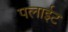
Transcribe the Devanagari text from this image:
पलाईट